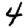
Digit: 4